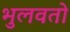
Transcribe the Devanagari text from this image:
भुलवतो